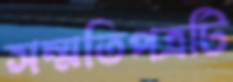
সম্মতিপত্রটি